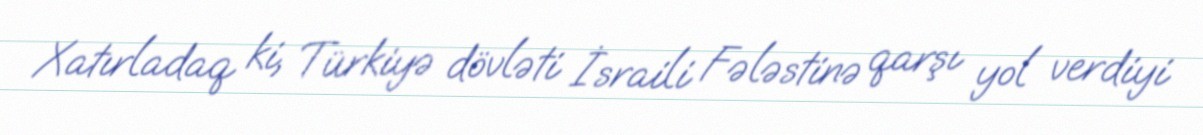
Xatırladaq ki, Türkiyə dövləti İsraili Fələstinə qarşı yol verdiyi